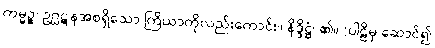
ကမ္မဉ္စ၊ ဥဂ္ဃဋနအစရှိသော ကြိယာကိုလည်းကောင်း။ နိဒ္ဒိဋ္ဌံ၊ ၏။ (ပါဠိမှ ဆောင်၍